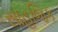
સાહજિક